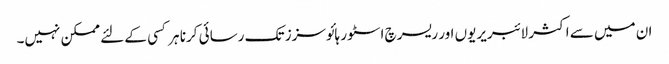
ان میں سے اکثر لائبریریوں اور ریسرچ اسٹور ہائوسزز تک رسائی کرنا ہر کسی کے لئے ممکن نہیں۔